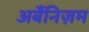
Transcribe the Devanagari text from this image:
अर्बैनिज़म